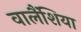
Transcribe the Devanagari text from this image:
वालैंशिया